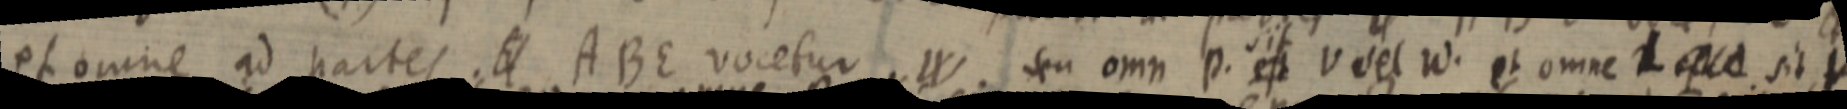
et omne ad partes. 4 ABE vocetur .W. seu omn p. est v del W. et omne L sit V